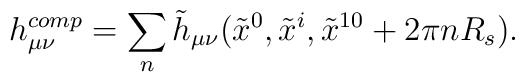
h^{comp} _{\mu \nu} = \sum_n \tilde{h}_{\mu \nu} (\tilde{x}^0, \tilde{x}^i,\tilde{x}^{10} + 2\pi nR_s).